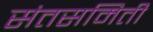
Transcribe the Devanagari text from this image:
संतसमिती